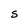
Character: S